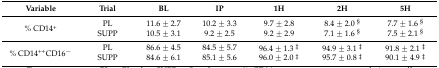
<table><thead><tr><td><b>Variable</b></td><td><b>Trial</b></td><td><b>BL</b></td><td><b>IP</b></td><td><b>1H</b></td><td><b>2H</b></td><td><b>5H</b></td></tr></thead><tbody><tr><td rowspan="2">% CD14<sup>+</sup></td><td>PL</td><td>11.6 ± 2.7</td><td>10.2 ± 3.3</td><td>9.7 ± 2.8</td><td>8.4 ± 2.0 <sup>§</sup></td><td>7.7 ± 1.6 <sup>§</sup></td></tr><tr><td>SUPP</td><td>10.5 ± 3.1</td><td>9.2 ± 2.5</td><td>9.2 ± 2.9</td><td>7.1 ± 1.6 <sup>§</sup></td><td>7.5 ± 2.1 <sup>§</sup></td></tr><tr><td rowspan="2">% CD14<sup>++</sup>CD16<sup>−</sup></td><td>PL</td><td>86.6 ± 4.5</td><td>84.5 ± 5.7</td><td>96.4 ± 1.3 <sup>‡</sup></td><td>94.9 ± 3.1 <sup>‡</sup></td><td>91.8 ± 2.1 <sup>‡</sup></td></tr><tr><td>SUPP</td><td>84.6 ± 6.1</td><td>85.1 ± 5.6</td><td>96.0 ± 2.0 <sup>‡</sup></td><td>95.7 ± 0.8 <sup>‡</sup></td><td>90.1 ± 4.9 <sup>‡</sup></td></tr></tbody></table>